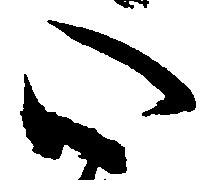
心